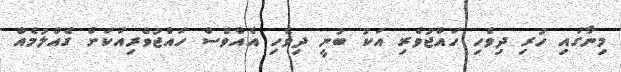
މިނާގައި ހުރި ދިވެހި ހައްޖުވެރި އަކު ބުނީ ދިވެހި އެއްވެސް ހައްޖުވެރިއަކަށް ގެއްލުމެއް